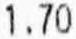
1.70